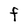
Character: F